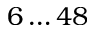
6 \ldots 4 8